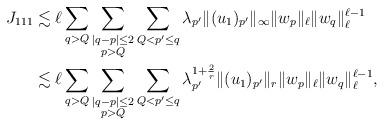
LaTeX: \begin{align*}J_{111}&\lesssim \ell\sum_{q> Q}\sum_{\substack{|q-p|\leq 2\\ p>Q}}\sum_{Q<p'\leq q}\lambda_{p'}\|(u_1)_{p'}\|_\infty\|w_p\|_\ell\|w_q\|_\ell^{\ell-1}\\&\lesssim \ell\sum_{q> Q}\sum_{\substack{|q-p|\leq 2\\ p>Q}}\sum_{Q<p'\leq q}\lambda_{p'}^{1+\frac2r}\|(u_1)_{p'}\|_r\|w_p\|_\ell\|w_q\|_\ell^{\ell-1},\end{align*}